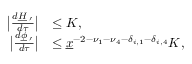
\begin{array} { r l } { \big \vert \frac { d \underline { H } _ { \mathbf \nu ^ { \prime } } } { d \tau } \big \vert } & { \le K , } \\ { \big \vert \frac { d \underline { \phi } _ { \mathbf \nu ^ { \prime } } } { d \tau } \big \vert } & { \le \underline { x } ^ { - 2 - \nu _ { 1 } - \nu _ { 4 } - \delta _ { i , 1 } - \delta _ { i , 4 } } K , } \end{array}